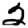
Digit: 2